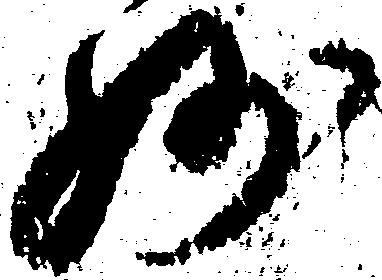
妙